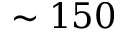
\sim 1 5 0